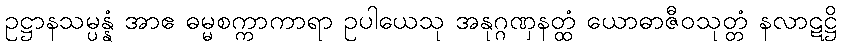
ဥဋ္ဌာနသမ္ပန္နံ အာဧ ဓမ္မစက္ကာကာရာ ဥပါယေသု အနုဂ္ဂဏှနတ္ထံ ယောဓာဇီဝသုတ္တံ နလာဋဋ္ဌိ